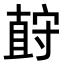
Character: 𪧡